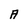
Character: A